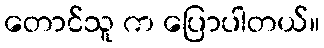
တောင်သူ က ပြောပါတယ်။